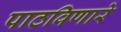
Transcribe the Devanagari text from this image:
पाठविणारे